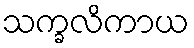
သက္ခလိကာယ